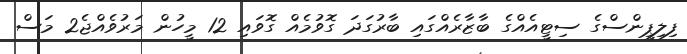
ފިލިޕީންސްގެ ސިޓީއެއްގެ ބާޒާރެއްގައި ބާރުގަދަ ގޮވުމެއް ގޮވައި 12 މީހުން މަރުވެއްޖެ2 މަސް